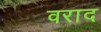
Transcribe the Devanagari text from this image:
वराद